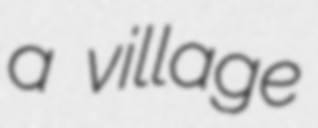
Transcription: a village